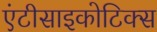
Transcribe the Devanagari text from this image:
एंटीसाइकोटिक्स